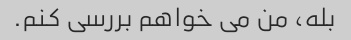
بله، من می خواهم بررسی کنم.